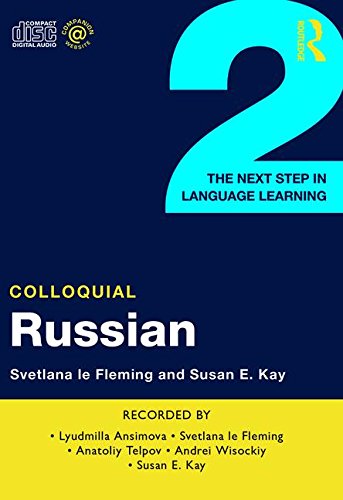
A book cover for Colloquial Russian 2: The Next Step in Language Learning (Colloquial Series); Svetlana Le Fleming; Reference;